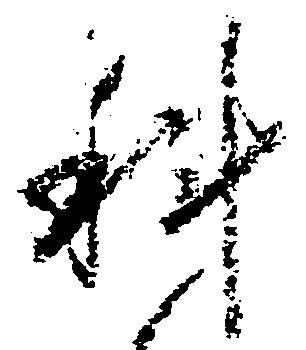
科